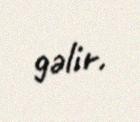
gəlir.